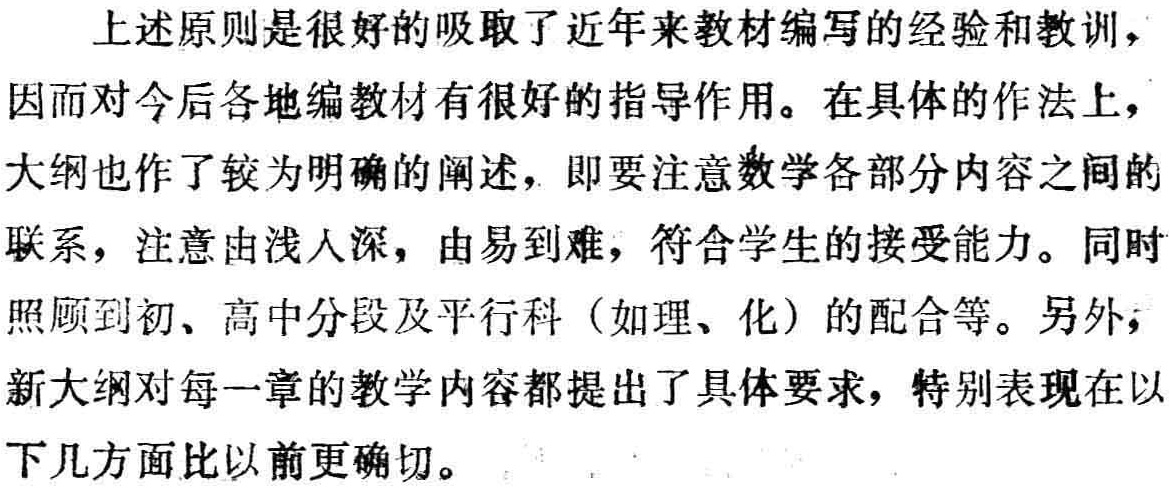
上述原则是很好的吸取了近年来教材编写的经验和教训，因而对今后各地编教材有很好的指导作用。在具体的作法上，大纲也作了较为明确的阐述，即要注意数学各部分内容之间的联系，注意由浅人深，由易到难，符合学生的接受能力。同时照顾到初、高中分段及平行科（如理、化）的配合等。另外，新大纲对每一章的教学内容都提出了具体要求，特别表现在以下几方面比以前更确切。